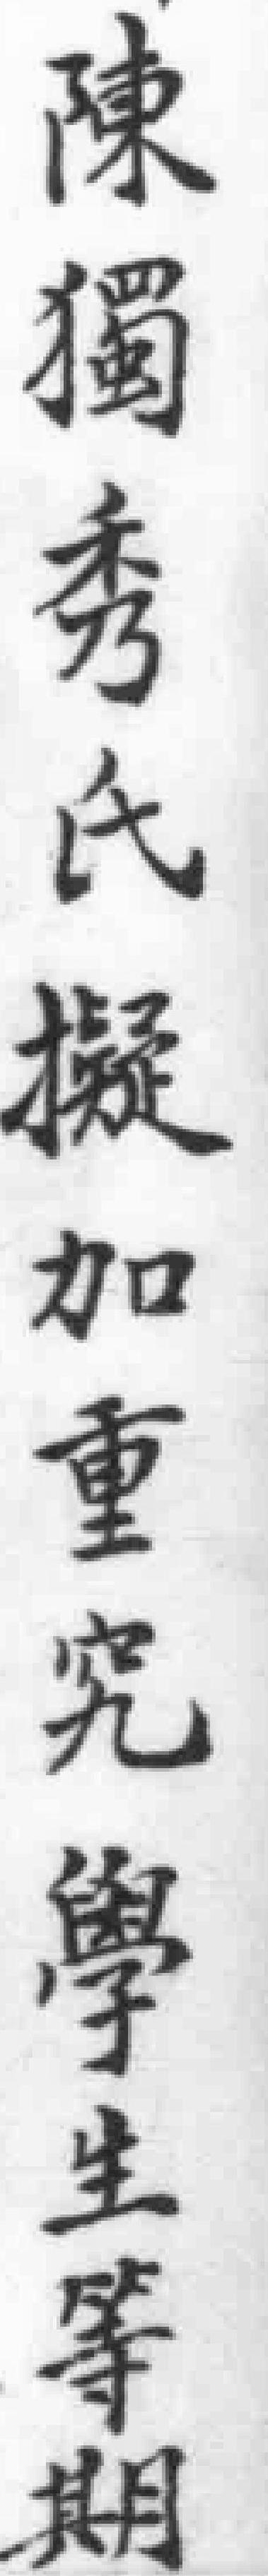
陳獨秀氏擬加重究學生等期